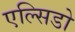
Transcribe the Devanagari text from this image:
एल्सिडो